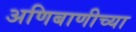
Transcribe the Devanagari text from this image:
अणिबाणीच्या